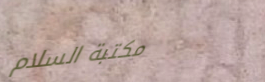
مكتبة السلام